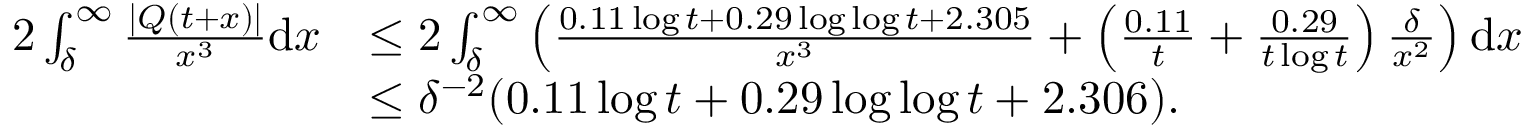
\begin{array} { r l } { 2 \int _ { \delta } ^ { \infty } \frac { | Q ( t + x ) | } { x ^ { 3 } } \mathrm { d } x } & { \le 2 \int _ { \delta } ^ { \infty } \left( \frac { 0 . 1 1 \log t + 0 . 2 9 \log \log t + 2 . 3 0 5 } { x ^ { 3 } } + \left( \frac { 0 . 1 1 } { t } + \frac { 0 . 2 9 } { t \log t } \right) \frac { \delta } { x ^ { 2 } } \right) \mathrm { d } x } \\ & { \le \delta ^ { - 2 } ( 0 . 1 1 \log t + 0 . 2 9 \log \log t + 2 . 3 0 6 ) . } \end{array}